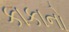
કાકાનો